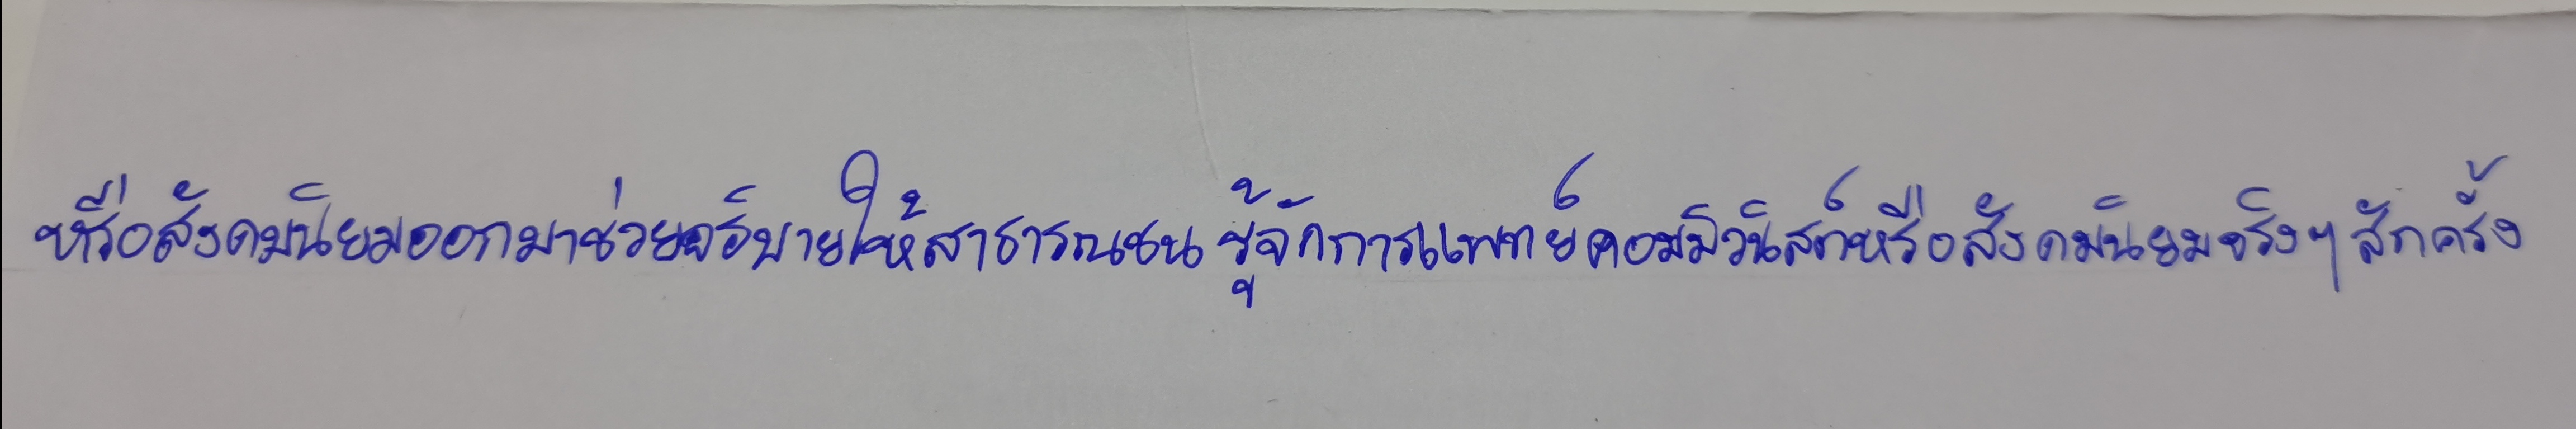
หรือสังคมนิยมออกมาช่วยอธิบายให้สาธารณชนรู้จักการแพทย์คอมมิวนิสต์หรือสังคมนิยมจริงๆสักครั้ง